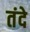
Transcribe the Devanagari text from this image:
तंदे